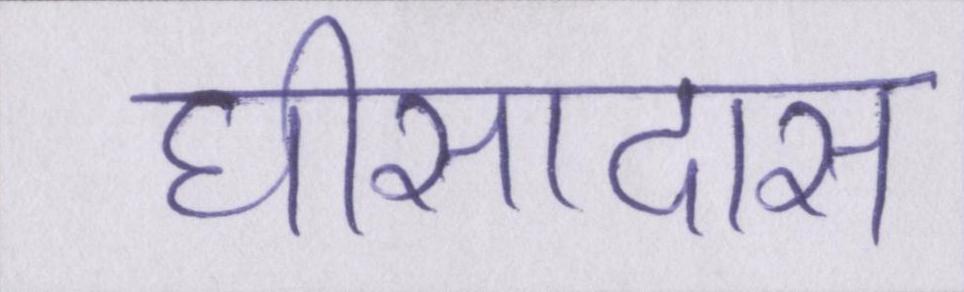
घीसादास